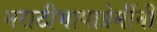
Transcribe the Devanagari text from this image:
मराठीभाषाप्रेमींनी